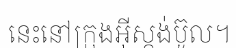
នេះនៅក្រុងអ៊ីស្តង់ប៊ូល។